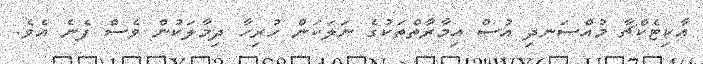
އާކިޓެކްޗާ މުއްސަނދި އުސް އިމާރާތްތަކުގެ ނަލަކަން ހުރިހާ ދިމާލަކުން ވެސް ފެނެ އެވެ.